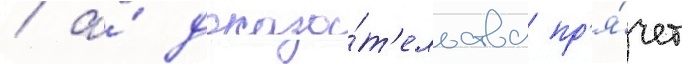
/ а́ доказа́т'ельства пр'я́чет